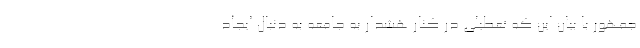
جمهور با بیان این که تعطیلی در کنار هشدار به جامعه به دنبال ایجاد